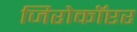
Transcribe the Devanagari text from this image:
जिरोकॉप्टर